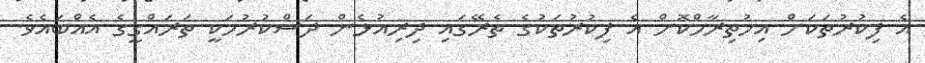
އެ ފިކުރުތަކަށް އިހުތިރާމްކޮށް އެ ފިކުރުތަކުގެ ތެރޭގައި ދިރިއުޅެން ދަސްކުރުމަކީ ތަރައްގީގެ އެއްބައެވެ.